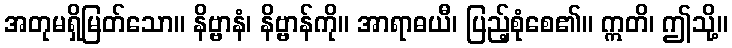
အတုမရှိမြတ်သော။ နိဗ္ဗာနံ၊ နိဗ္ဗာန်ကို။ အာရာဓယီ၊ ပြည့်စုံစေ၏။ ဣတိ၊ ဤသို့။